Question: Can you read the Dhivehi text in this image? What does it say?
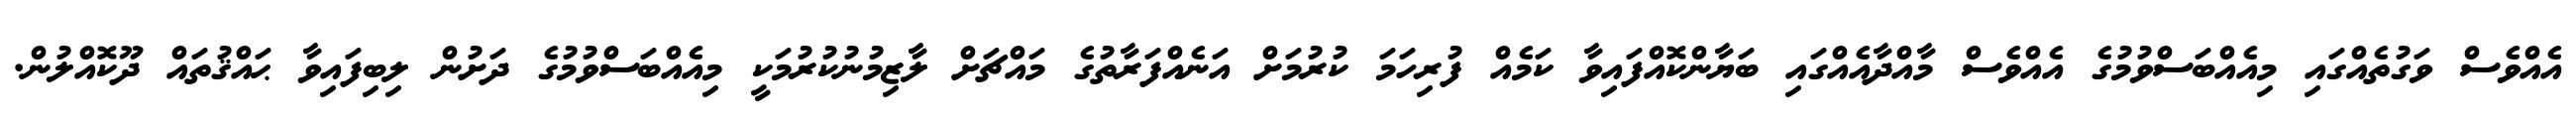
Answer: އެއްވެސް ވަގުތެއްގައި މިއެއްބަސްވުމުގެ އެއްވެސް މާއްދާއެއްގައި ބަޔާންކޮއްފައިވާ ކަމެއް ފުރިހަމަ ކުރުމަށް އަނެއްފަރާތުގެ މައްޗަށް ލާޒިމުނުކުރުމަކީ މިއެއްބަސްވުމުގެ ދަށުން ލިބިފައިވާ ޙައްޤުތައް ދޫކޮއްލުން.